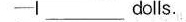
-l___dolls.